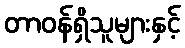
တာဝန်ရှိသူများနှင့်